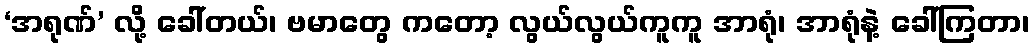
‘အရုဏ်’ လို့ ခေါ်တယ်၊ ဗမာတွေ ကတော့ လွယ်လွယ်ကူကူ အာရုံ၊ အာရုံနဲ့ ခေါ်ကြတာ၊